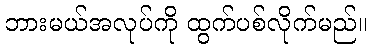
ဘားမယ်အလုပ်ကို ထွက်ပစ်လိုက်မည်။